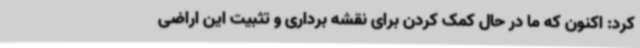
کرد: اکنون که ما در حال کمک کردن برای نقشه برداری و تثبیت این اراضی